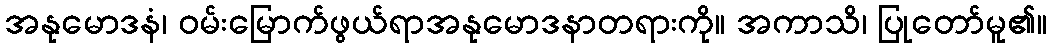
အနုမောဒနံ၊ ဝမ်းမြောက်ဖွယ်ရာအနုမောဒနာတရားကို။ အကာသိ၊ ပြုတော်မူ၏။